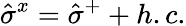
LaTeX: \hat{\sigma}^{x}=\hat{\sigma}^{+}+h.c.